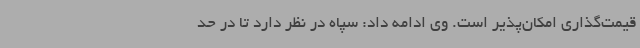
قیمت‌گذاری امکان‌پذیر است. وی ادامه داد: سپاه در نظر دارد تا در حد